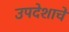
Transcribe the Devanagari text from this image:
उपदेशाचें